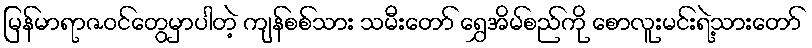
မြန်မာရာဇဝင်တွေမှာပါတဲ့ ကျန်စစ်သား သမီးတော် ရွှေအိမ်စည်ကို စောလူးမင်းရဲ့သားတော်